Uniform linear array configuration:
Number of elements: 48
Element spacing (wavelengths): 1
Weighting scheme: uniform
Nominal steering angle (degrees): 45
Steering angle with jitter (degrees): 43.856
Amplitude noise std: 0.05
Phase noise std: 0.05

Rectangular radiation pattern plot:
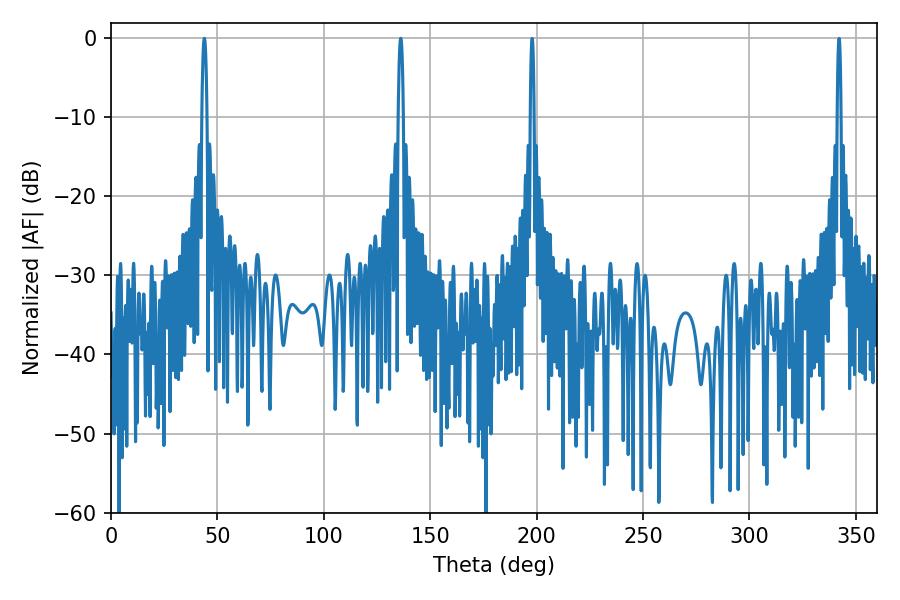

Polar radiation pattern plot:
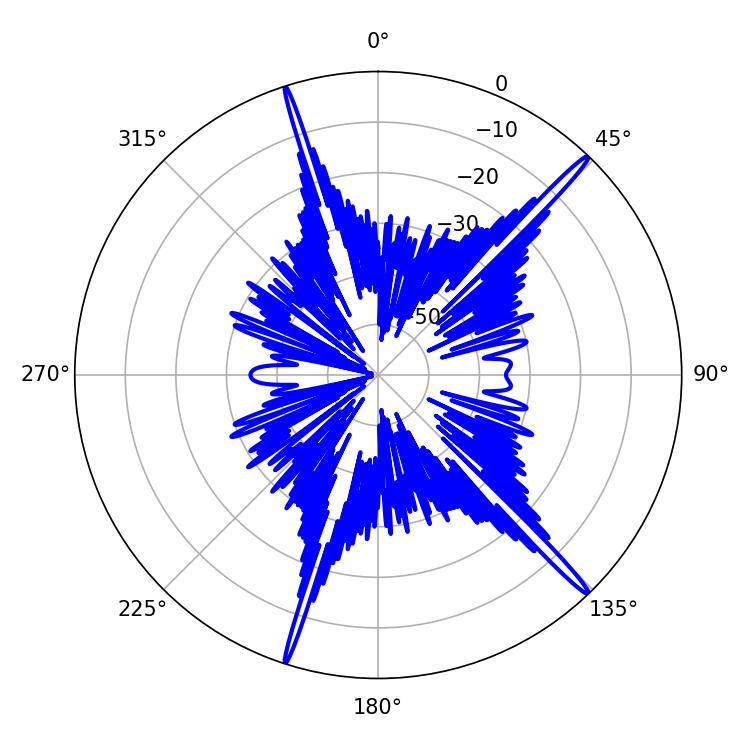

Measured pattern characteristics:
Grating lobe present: TRUE
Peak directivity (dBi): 18.757
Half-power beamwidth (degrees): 1.26
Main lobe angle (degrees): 136.08